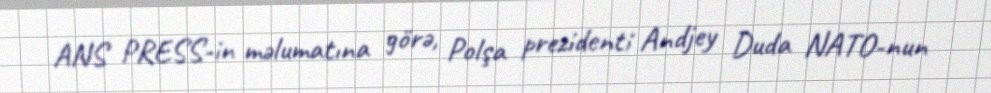
ANS PRESS-in məlumatına görə, Polşa prezidenti Andjey Duda NATO-nun